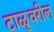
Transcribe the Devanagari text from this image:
टाळूवरील